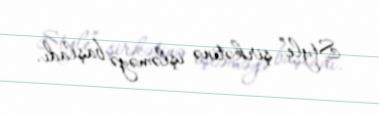
Style” şirkətinə işləməyə başladı.